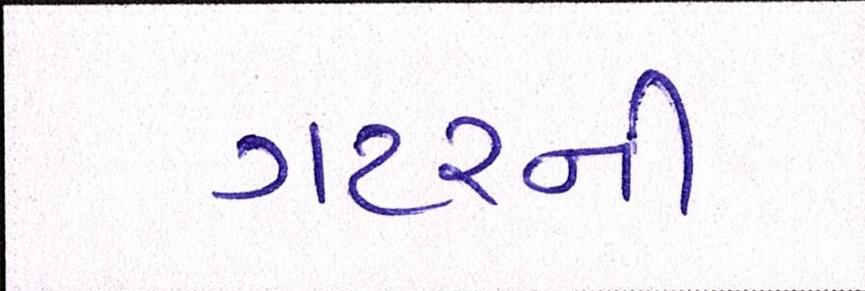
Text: ગટરની